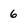
Character: 6